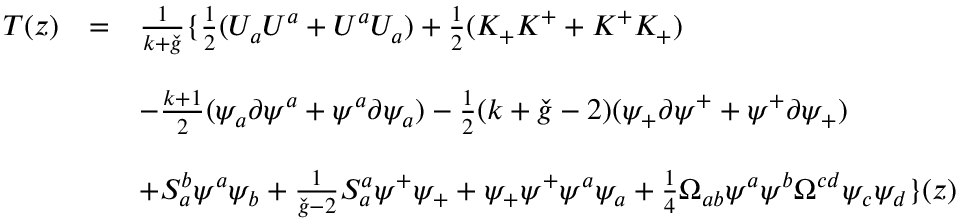
\begin{array} { l l l } { { T ( z ) } } & { { = } } & { { \frac { 1 } { k + \check { g } } \{ \frac { 1 } { 2 } ( U _ { a } U ^ { a } + U ^ { a } U _ { a } ) + \frac { 1 } { 2 } ( K _ { + } K ^ { + } + K ^ { + } K _ { + } ) } } \\ { { } } & { { } } & { { } } \\ { { } } & { { } } & { { - \frac { k + 1 } { 2 } ( \psi _ { a } \partial \psi ^ { a } + \psi ^ { a } \partial \psi _ { a } ) - \frac { 1 } { 2 } ( k + \check { g } - 2 ) ( \psi _ { + } \partial \psi ^ { + } + \psi ^ { + } \partial \psi _ { + } ) } } \\ { { } } & { { } } & { { } } \\ { { } } & { { } } & { { + S _ { a } ^ { b } \psi ^ { a } \psi _ { b } + \frac { 1 } { \check { g } - 2 } S _ { a } ^ { a } \psi ^ { + } \psi _ { + } + \psi _ { + } \psi ^ { + } \psi ^ { a } \psi _ { a } + \frac { 1 } { 4 } \Omega _ { a b } \psi ^ { a } \psi ^ { b } \Omega ^ { c d } \psi _ { c } \psi _ { d } \} ( z ) } } \end{array}